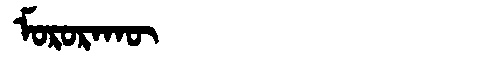
Manchu: ᠮᠣᡵᠣᡵᠠᡴᡡ
Romanization: MORORAKŪ